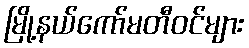
မြို့နယ်ကော်မတီဝင်များ